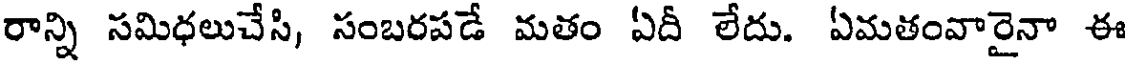
రాన్ని సమిధలుచేసి, సంబరపడే మతం ఏదీ లేదు. ఏమతంవారైనా ఈ